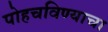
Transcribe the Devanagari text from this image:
पोहचविण्याचा